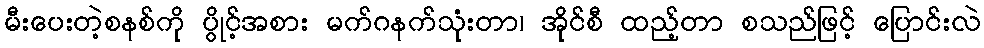
မီးပေးတဲ့စနစ်ကို ပွိုင့်အစား မက်ဂနက်သုံးတာ၊ အိုင်စီ ထည့်တာ စသည်ဖြင့် ပြောင်းလဲ